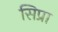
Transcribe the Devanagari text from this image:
सिप्रा